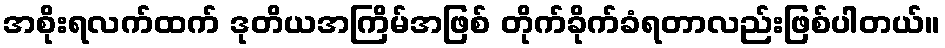
အစိုးရလက်ထက် ဒုတိယအကြိမ်အဖြစ် တိုက်ခိုက်ခံရတာလည်းဖြစ်ပါတယ်။